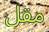
مقل